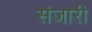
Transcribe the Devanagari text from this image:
संजारी